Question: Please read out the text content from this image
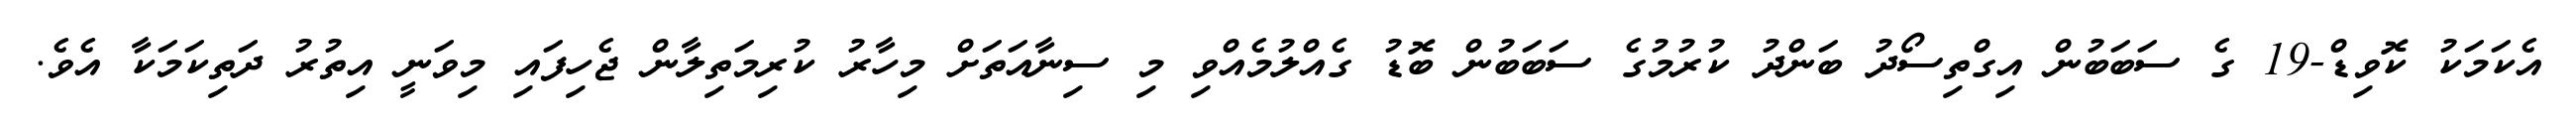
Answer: އެކަމަކު ކޮވިޑް-19 ގެ ސަބަބުން އިގްތިސޯދު ބަންދު ކުރުމުގެ ސަބަބުން ބޮޑު ގެއްލުމެއްވި މި ސިނާއަތަށް މިހާރު ކުރިމަތިލާން ޖެހިފައި މިވަނީ އިތުރު ދަތިކަމަކާ އެވެ.